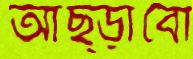
আছ্‌ড়াবো